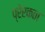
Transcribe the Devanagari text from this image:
प्रेरकता